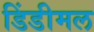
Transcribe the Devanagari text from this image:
डिंडीमल